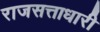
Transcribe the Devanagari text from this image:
राजसत्ताधारी